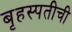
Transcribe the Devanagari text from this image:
बृहस्पतीची